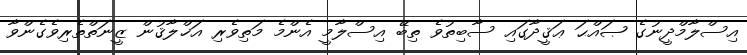
އިސްލާމްދީނުގެ ޞައްޙަ ޢަޤީދާގައި ސާބިތުވެ ތިބޭ އިސްލާމީ އެންމެ މަތިވެރި އަޚްލާޤުން ޒީނަތްތެރިވެގެންވާ